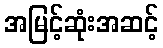
အမြင့်ဆုံးအဆင့်